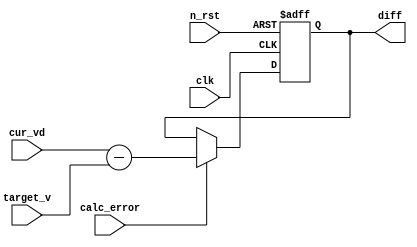
module error_calc #(
    parameter ADC_WIDTH = 8,
    parameter SPI_WIDTH = 13
) (   
    input clk, n_rst, calc_error,
    input [ADC_WIDTH-1:0] target_v,
    input [ADC_WIDTH-1:0] cur_vd,
    output reg [ADC_WIDTH-1:0] diff
);
    
reg [ADC_WIDTH-1:0] diffreg;

//assign diff = {diffreg[ADC_WIDTH-1], 2'b00, diffreg[ADC_WIDTH-2:2]};
assign diff = diffreg;

always @(posedge clk, negedge n_rst) begin
    if (n_rst == 0) begin
        diffreg <= '0;
    end else if (calc_error == 1) begin
        diffreg <= cur_vd - target_v;
    end
end

endmodule